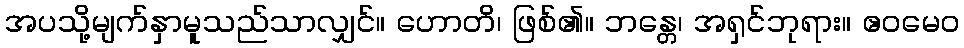
အပသို့မျက်နှာမူသည်သာလျှင်။ ဟောတိ၊ ဖြစ်၏။ ဘန္တေ၊ အရှင်ဘုရား။ ဧဝမေဝ